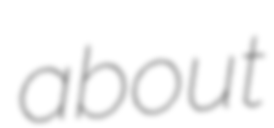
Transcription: about